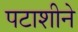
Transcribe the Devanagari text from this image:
पटाशीने